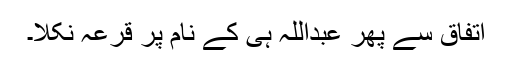
اتفاق سے پھر عبداللہ ہی کے نام پر قرعہ نکلا۔